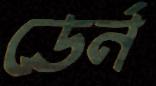
ডের্ন